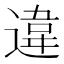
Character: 違